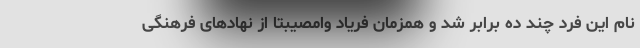
نام این فرد چند ده برابر شد و همزمان فریاد وامصیبتا از نهادهای فرهنگی